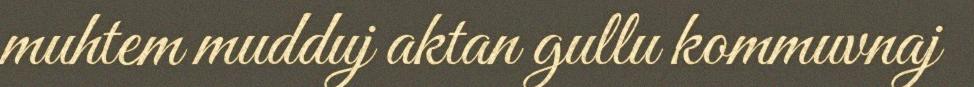
muhtem mudduj aktan gullu kommuvnaj